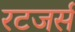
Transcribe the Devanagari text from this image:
रटजर्स